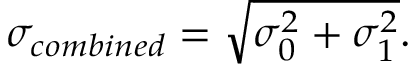
\sigma _ { c o m b i n e d } = \sqrt { \sigma _ { 0 } ^ { 2 } + \sigma _ { 1 } ^ { 2 } } .